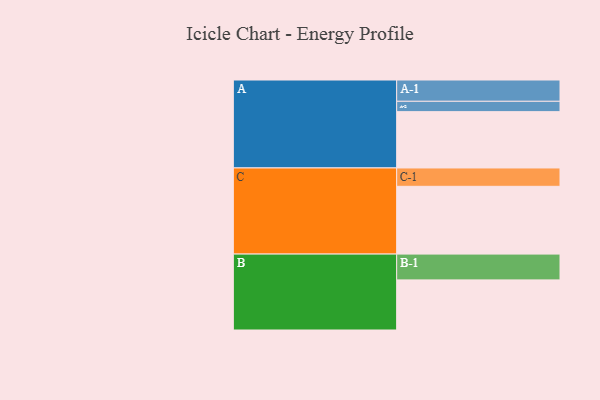
{"axis": {"x": "Segment", "y": "Value"}, "legend": ["", "A", "B", "C"], "data": [{"x": "A", "y": 463, "type": ""}, {"x": "B", "y": 412, "type": ""}, {"x": "C", "y": 557, "type": ""}, {"x": "A-1", "y": 175, "type": "A"}, {"x": "A-2", "y": 85, "type": "A"}, {"x": "B-1", "y": 212, "type": "B"}, {"x": "C-1", "y": 151, "type": "C"}]}